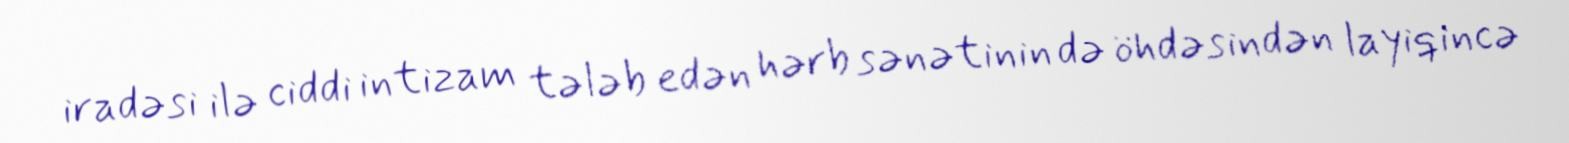
iradəsi ilə ciddi intizam tələb edən hərb sənətinin də öhdəsindən layiqincə